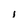
Character: i